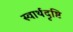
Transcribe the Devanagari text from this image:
स्वार्थदृष्टि